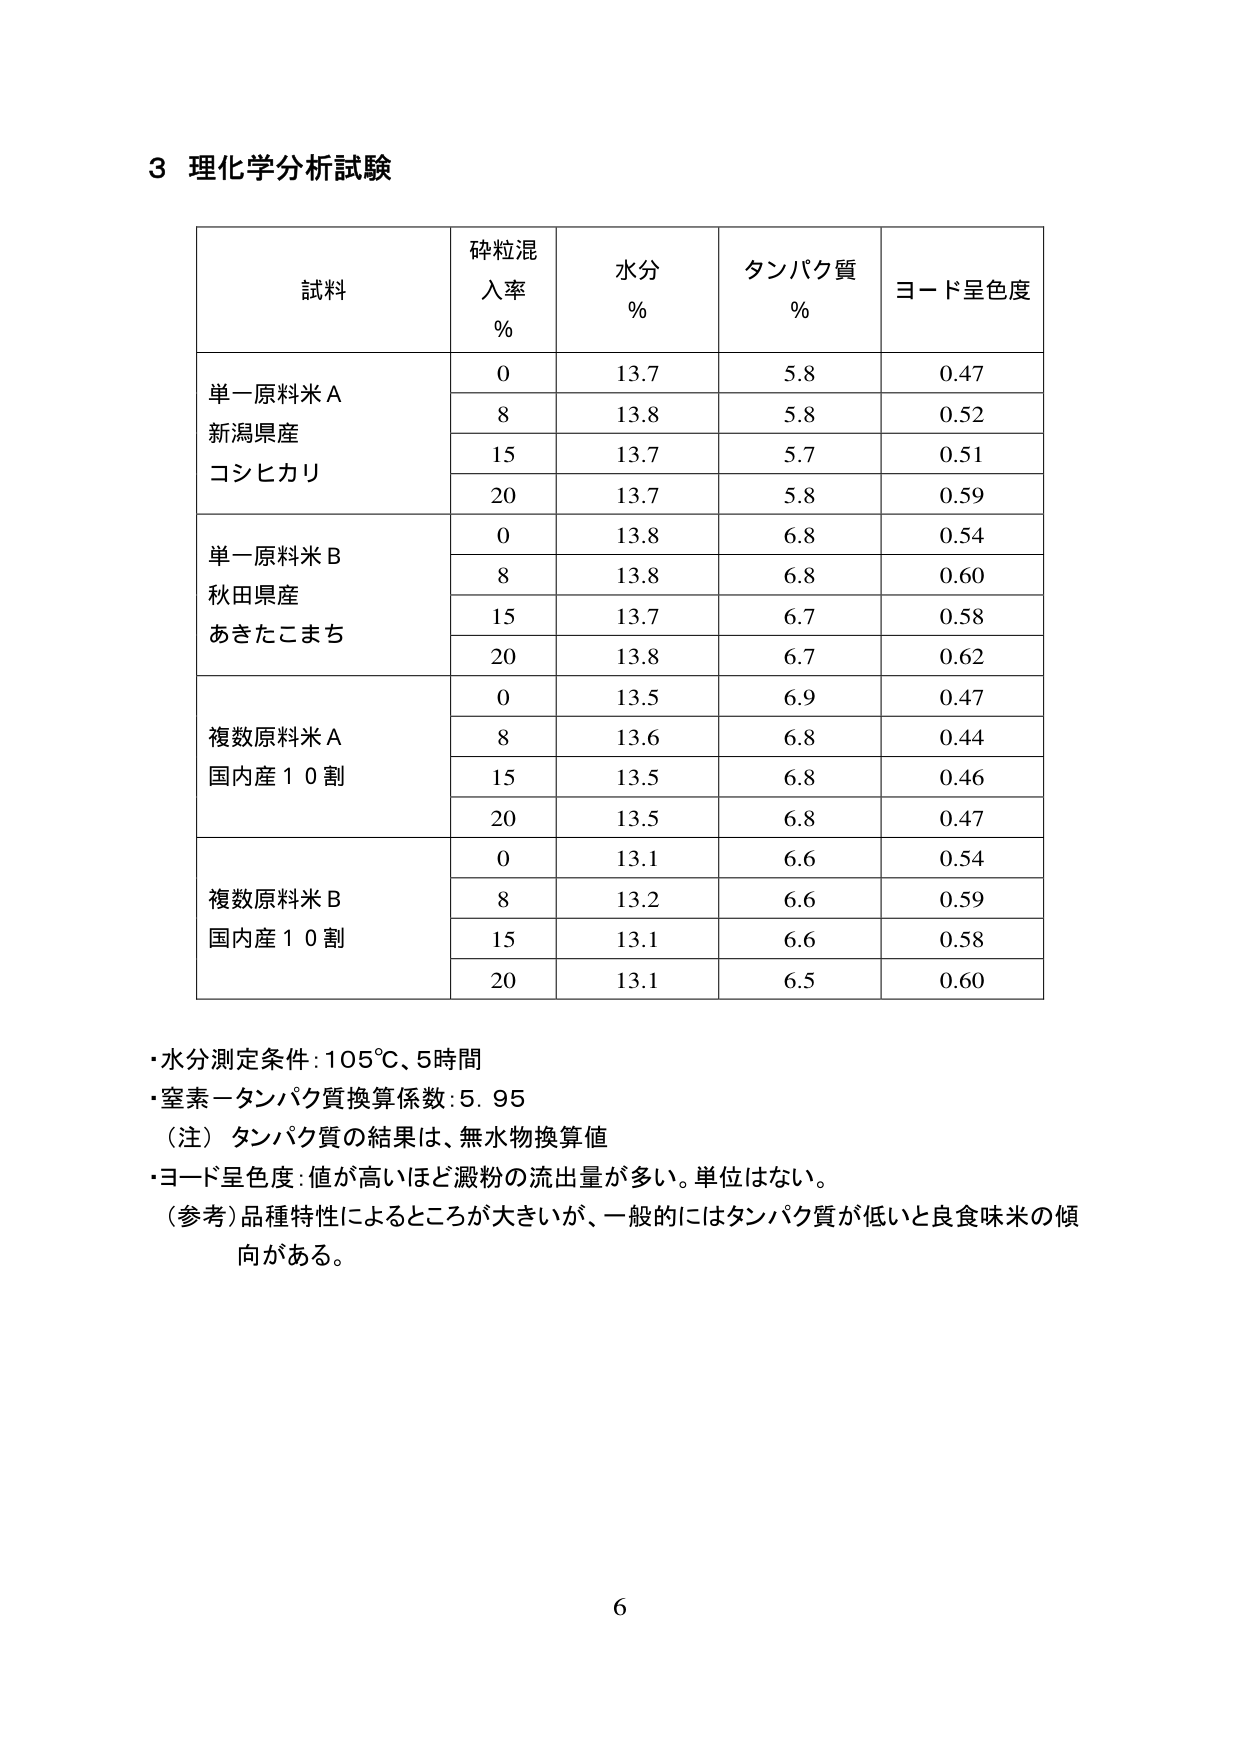
3 理化学分析試験

試料 碎粒混入率 % 水分 % タンパク質 % ヨード呈色度
単一原料米 A 新潟県産 コシヒカリ 0 13.7 5.8 0.47
8 13.8 5.8 0.52
15 13.7 5.7 0.51
20 13.7 5.8 0.59
単一原料米 B 秋田県産 あきたこまち 0 13.8 6.8 0.54
8 13.8 6.8 0.60
15 13.7 6.7 0.58
20 13.8 6.7 0.62
複数原料米 A 国内産１０割 0 13.5 6.9 0.47
8 13.6 6.8 0.44
15 13.5 6.8 0.46
20 13.5 6.8 0.47
複数原料米 B 国内産１０割 0 13.1 6.6 0.54
8 13.2 6.6 0.59
15 13.1 6.6 0.58
20 13.1 6.5 0.60

・水分測定条件：105℃、5時間
・窒素－タンパク質換算係数：5.95
（注）タンパク質の結果は、無水物換算値
・ヨード呈色度：値が高いほど澱粉の流出量が多い。単位はない。
（参考）品種特性によるところが大きいが、一般的にはタンパク質が低いと良食味米の傾向がある。

6